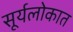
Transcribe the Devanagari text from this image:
सूर्यलोकात